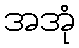
အအုံ